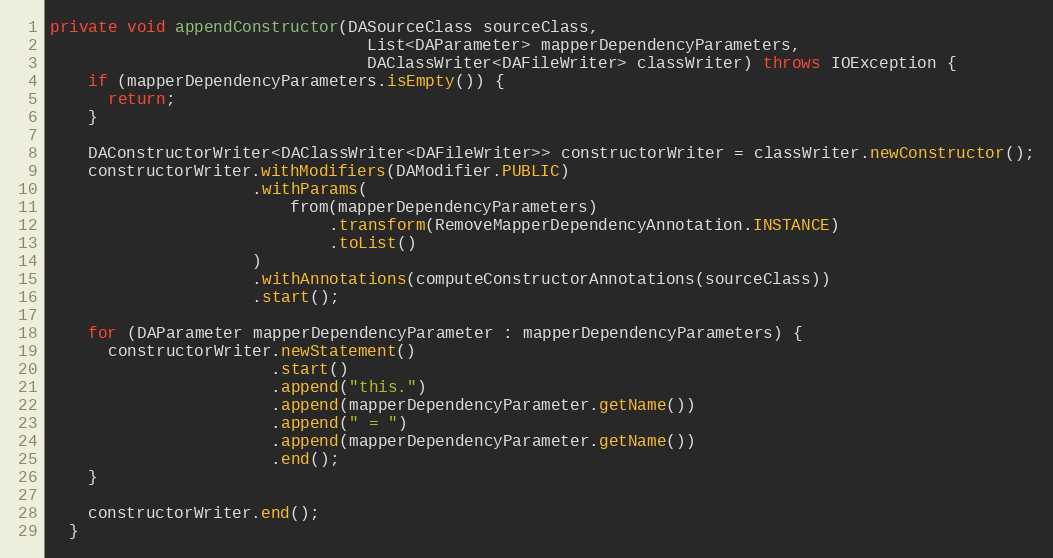
Language: Java
private void appendConstructor(DASourceClass sourceClass,
                                 List<DAParameter> mapperDependencyParameters,
                                 DAClassWriter<DAFileWriter> classWriter) throws IOException {
    if (mapperDependencyParameters.isEmpty()) {
      return;
    }

    DAConstructorWriter<DAClassWriter<DAFileWriter>> constructorWriter = classWriter.newConstructor();
    constructorWriter.withModifiers(DAModifier.PUBLIC)
                     .withParams(
                         from(mapperDependencyParameters)
                             .transform(RemoveMapperDependencyAnnotation.INSTANCE)
                             .toList()
                     )
                     .withAnnotations(computeConstructorAnnotations(sourceClass))
                     .start();

    for (DAParameter mapperDependencyParameter : mapperDependencyParameters) {
      constructorWriter.newStatement()
                       .start()
                       .append("this.")
                       .append(mapperDependencyParameter.getName())
                       .append(" = ")
                       .append(mapperDependencyParameter.getName())
                       .end();
    }

    constructorWriter.end();
  }